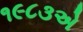
૧૯૮૩એ